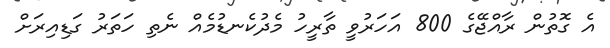
އެ ގޮތުން ރާއްޖޭގެ 800 އަހަރުވީ ތާރީހު މެދުކެނޑުމެއް ނެތި ހަތަރު ގަޑިއިރަށް